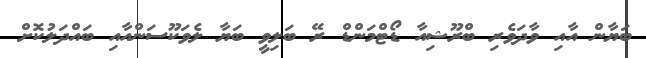
ބަޔާން އާއި ވާދަވެރި ބްރޫޝިއާ ޑޯޓްމަންޑް ރޭ ބަލިވީ ބަޔާ ލެވަކޫސަންއާއި ބައްދަލުކޮށް